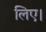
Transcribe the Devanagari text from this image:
लिए।